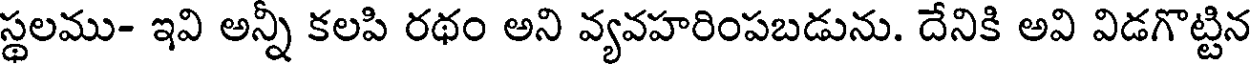
స్థలము- ఇవి అన్నీ కలపి రథం అని వ్యవహరింపబడును. దేనికి అవి విడగొట్టిన